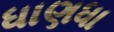
ધાણધા